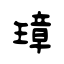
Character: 璋